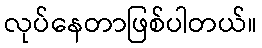
လုပ်နေတာဖြစ်ပါတယ်။